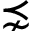
\precnsim